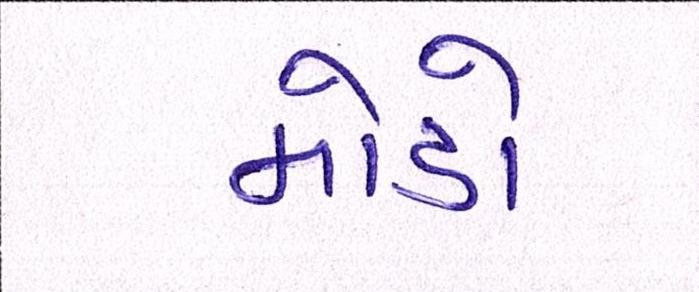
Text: મોડો